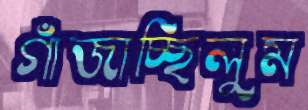
গাঁজাচ্ছিলুম